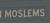
moslems